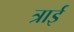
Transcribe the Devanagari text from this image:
त्राई